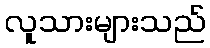
လူသားများသည်